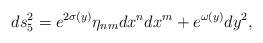
\begin{align*}ds_5^2=e^{2\sigma(y)}\eta_{nm}dx^n dx^m+e^{\omega(y)}dy^2,\end{align*}